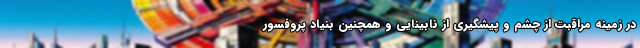
در زمینه مراقبت از چشم و پیشگیری از نابینایی و همچنین بنیاد پروفسور